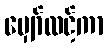
မျှော်လင့်ကာ